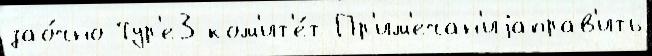
зао́чно Тур'е3 ком'ит'е́т Пр'им'ечан'иjаправ'ить